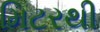
મિટરથી